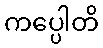
ကပ္ပေါတိ